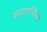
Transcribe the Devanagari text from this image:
समतासिंघर